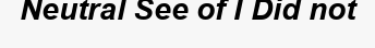
Neutral See of I Did not